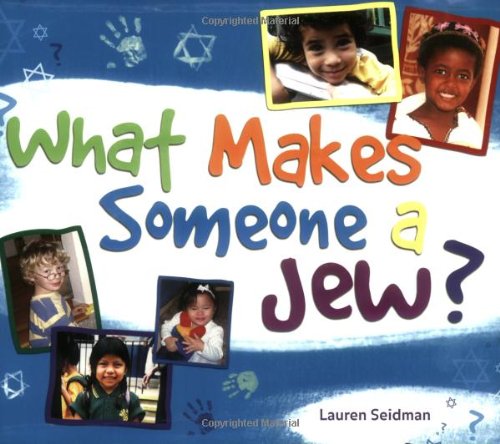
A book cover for What Makes Someone a Jew?; Lauren Seidman; Children's Books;